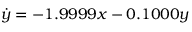
\dot { y } = - 1 . 9 9 9 9 x - 0 . 1 0 0 0 y